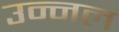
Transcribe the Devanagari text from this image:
उन्नल